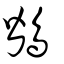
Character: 鶛